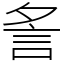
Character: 𧥧